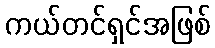
ကယ်တင်ရှင်အဖြစ်